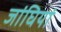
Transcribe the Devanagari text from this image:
जांघियां